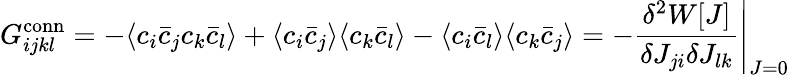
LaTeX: G_{ijkl}^{\mathrm{conn}}=-\langle c_{i}{\bar{c}}_{j}c_{k}{\bar{c}}_{l}\rangle+\langle c_{i}{\bar{c}}_{j}\rangle\langle c_{k}{\bar{c}}_{l}\rangle-\langle c_{i}{\bar{c}}_{l}\rangle\langle c_{k}{\bar{c}}_{j}\rangle=-\left.{\frac{\delta^{2}W[J]}{\delta J_{ji}\delta J_{lk}}}\right|_{J=0}